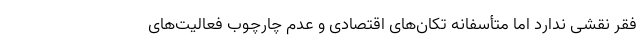
فقر نقشی ندارد اما متأسفانه تکان‌های اقتصادی و عدم چارچوب فعالیت‌های